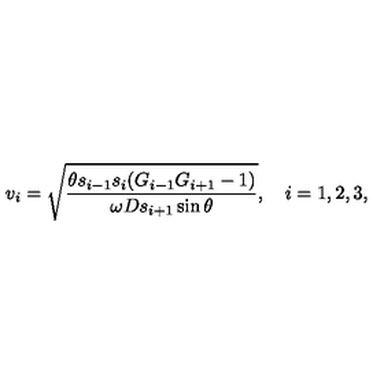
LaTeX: v _ { i } = \sqrt { \frac { \theta s _ { i - 1 } s _ { i } ( G _ { i - 1 } G _ { i + 1 } - 1 ) } { \omega D s _ { i + 1 } \sin \theta } } , \quad i = 1 , 2 , 3 ,